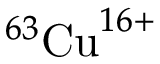
^ { 6 3 } \mathrm { C u } ^ { 1 6 + }